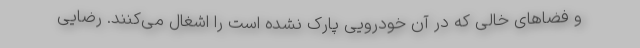
و فضاهای خالی که در آن خودرویی پارک نشده است را اشغال می‌کنند. رضایی